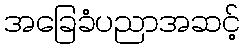
အခြေခံပညာအဆင့်